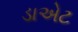
ડાએટ